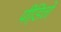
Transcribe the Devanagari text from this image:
पीडि़तो